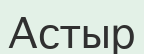
Астыр